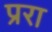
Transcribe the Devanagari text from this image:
प्ररा